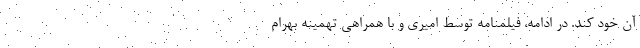
آن خود کند. در ادامه، فیلمنامه توسط امیری و با همراهی تهمینه بهرام